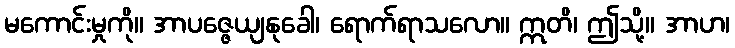
မကောင်းမှုကို။ အာပဇ္ဇေယျနုခေါ၊ ရောက်ရာသလော။ ဣတိ၊ ဤသို့။ အာဟ၊